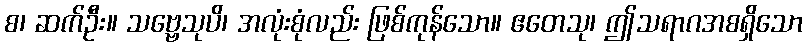
စ၊ ဆက်ဦး။ သဗ္ဗေသုပိ၊ အလုံးစုံလည်း ဖြစ်ကုန်သော။ ဧတေသု၊ ဤသရာဂအစရှိသော